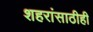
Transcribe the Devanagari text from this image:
शहरांसाठीही